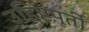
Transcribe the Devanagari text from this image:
उद्दिष्टपूर्ती